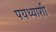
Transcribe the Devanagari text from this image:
पयथ्याशी